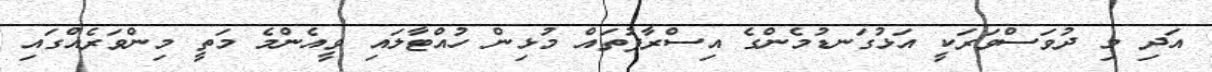
އަދި މި ދުވަސްވަރަކީ އަޅުގަނޑުމެންގެ އިސްރާފުތައް މުޅިން ހުއްޓާލައި ވީއެންމެ މަތީ މިންވަރެއްގައި